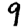
Digit: 9